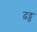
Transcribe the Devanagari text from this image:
ढ़ठ्ठ